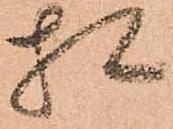
相